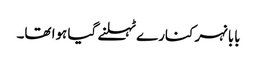
بابا نہر کنارے ٹہلنے گیا ہوا تھا۔